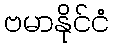
ဗမာနိုင်ငံ